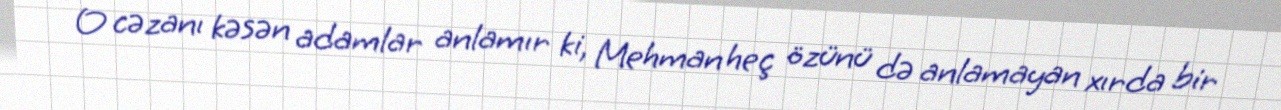
O cəzanı kəsən adamlar anlamır ki, Mehman heç özünü də anlamayan xırda bir